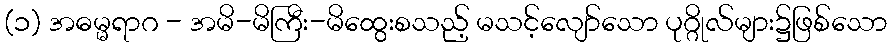
(၁) အဓမ္မရာဂ - အမိ-မိကြီး-မိထွေးစသည့် မသင့်လျော်သော ပုဂ္ဂိုလ်များ၌ဖြစ်သော